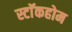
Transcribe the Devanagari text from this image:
स्टाॅकहोम